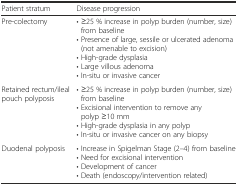
<table><thead><tr><td><b>Patient stratum</b></td><td><b>Disease progression</b></td></tr></thead><tbody><tr><td>Pre-colectomy</td><td>• ≥25 % increase in polyp burden (number, size) from baseline• Presence of large, sessile or ulcerated adenoma (not amenable to excision)• High-grade dysplasia• Large villous adenoma• In-situ or invasive cancer</td></tr><tr><td>Retained rectum/ileal pouch polyposis</td><td>• ≥25 % increase in polyp burden (number, size) from baseline• Excisional intervention to remove any polyp ≥10 mm• High-grade dysplasia in any polyp• In-situ or invasive cancer on any biopsy</td></tr><tr><td>Duodenal polyposis</td><td>• Increase in Spigelman Stage (2–4) from baseline• Need for excisional intervention• Development of cancer• Death (endoscopy/intervention related)</td></tr></tbody></table>